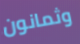
وثمانون